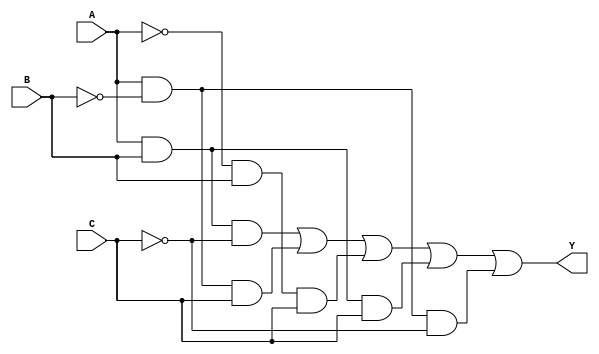
module combinational_logic (
    input wire A,     // Input A
    input wire B,     // Input B
    input wire C,     // Input C
    output wire Y     // Output Y
);

// Logic function based on truth table
// Define the output Y based on valid input combinations, treating don't care conditions flexibly
assign Y = (A & B & ~C) |  // when A=1, B=1, C=0 -> Y=1
           (A & ~B & C) |  // when A=1, B=0, C=1 -> Y=1
           (~A & B & C) |  // when A=0, B=1, C=1 -> Y=1
           (A & B & C) |   // when A=1, B=1, C=1 -> Y=1
           (A & ~B & ~C) | // when A=1, B=0, C=0 -> Y=1
           1'b0;           // default case (can represent don't care conditions)

endmodule